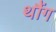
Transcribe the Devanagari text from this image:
थौंग